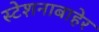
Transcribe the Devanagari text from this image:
स्टेशनाबाहेर